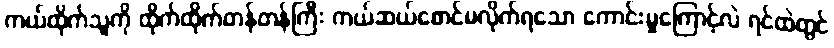
ကယ်ထိုက်သူကို ထိုက်ထိုက်တန်တန်ကြီး ကယ်ဆယ်စောင်မလိုက်ရသော ကောင်းမှုကြောင့်လဲ ရင်ထဲတွင်